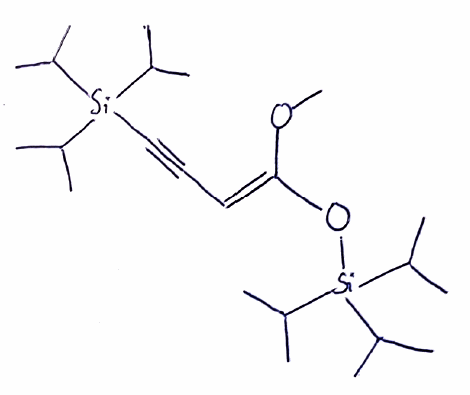
Simplified molecular-input line-entry system (SMILES) notation of the given molecule:
CC(C)[Si](C#C/C=C(\OC)/O[Si](C(C)C)(C(C)C)C(C)C)(C(C)C)C(C)C